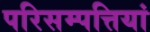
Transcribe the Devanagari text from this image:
परिसम्पत्तियां